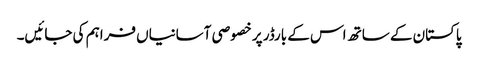
پاکستان کے ساتھ اس کے بارڈر پر خصوصی آسانیاں فراہم کی جائیں۔